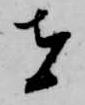
者